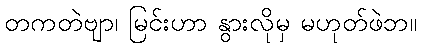
တကတဲဗျာ၊ မြင်းဟာ နွားလိုမှ မဟုတ်ဖဲဘ။